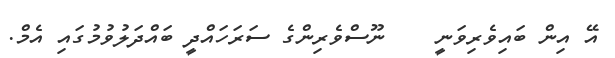
އޭ އިން ބައިވެރިވަނީ    ނޫސްވެރިންގެ ސަރަހައްދީ ބައްދަލުވުމުގައި އެމް.